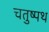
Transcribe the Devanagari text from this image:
चतुष्पथ